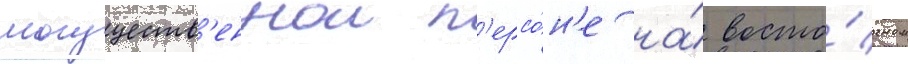
могуществ'еннои п'ерсо́н'е на́ восто́чном